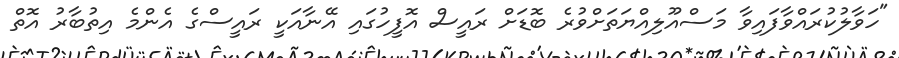
"ހަވާލުކުރައްވާފައިވާ މަސްއޫލިއްޔަތަށްވުރެ ބޮޑަށް ރައީސް އޮފީހުގައި އޭނާއަކީ ރައީސްގެ އެންމެ އިތުބާރު އޮތް